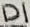
Text: D1